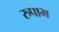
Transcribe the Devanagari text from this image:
रुपाभ